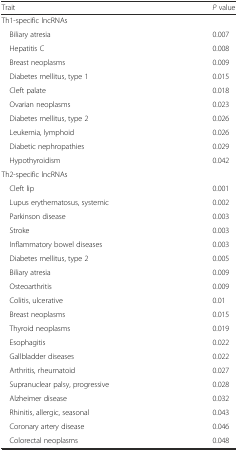
<table><thead><tr><td><b>Trait</b></td><td><b><i>P</i> value</b></td></tr></thead><tbody><tr><td>Th1-specific lncRNAs</td><td></td></tr><tr><td> Biliary atresia</td><td>0.007</td></tr><tr><td> Hepatitis C</td><td>0.008</td></tr><tr><td> Breast neoplasms</td><td>0.009</td></tr><tr><td> Diabetes mellitus, type 1</td><td>0.015</td></tr><tr><td> Cleft palate</td><td>0.018</td></tr><tr><td> Ovarian neoplasms</td><td>0.023</td></tr><tr><td> Diabetes mellitus, type 2</td><td>0.026</td></tr><tr><td> Leukemia, lymphoid</td><td>0.026</td></tr><tr><td> Diabetic nephropathies</td><td>0.029</td></tr><tr><td> Hypothyroidism</td><td>0.042</td></tr><tr><td>Th2-specific lncRNAs</td><td></td></tr><tr><td> Cleft lip</td><td>0.001</td></tr><tr><td> Lupus erythematosus, systemic</td><td>0.002</td></tr><tr><td> Parkinson disease</td><td>0.003</td></tr><tr><td> Stroke</td><td>0.003</td></tr><tr><td> Inflammatory bowel diseases</td><td>0.003</td></tr><tr><td> Diabetes mellitus, type 2</td><td>0.005</td></tr><tr><td> Biliary atresia</td><td>0.009</td></tr><tr><td> Osteoarthritis</td><td>0.009</td></tr><tr><td> Colitis, ulcerative</td><td>0.01</td></tr><tr><td> Breast neoplasms</td><td>0.015</td></tr><tr><td> Thyroid neoplasms</td><td>0.019</td></tr><tr><td> Esophagitis</td><td>0.022</td></tr><tr><td> Gallbladder diseases</td><td>0.022</td></tr><tr><td> Arthritis, rheumatoid</td><td>0.027</td></tr><tr><td> Supranuclear palsy, progressive</td><td>0.028</td></tr><tr><td> Alzheimer disease</td><td>0.032</td></tr><tr><td> Rhinitis, allergic, seasonal</td><td>0.043</td></tr><tr><td> Coronary artery disease</td><td>0.046</td></tr><tr><td> Colorectal neoplasms</td><td>0.048</td></tr></tbody></table>